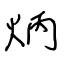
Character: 炳